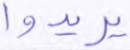
يريدوا